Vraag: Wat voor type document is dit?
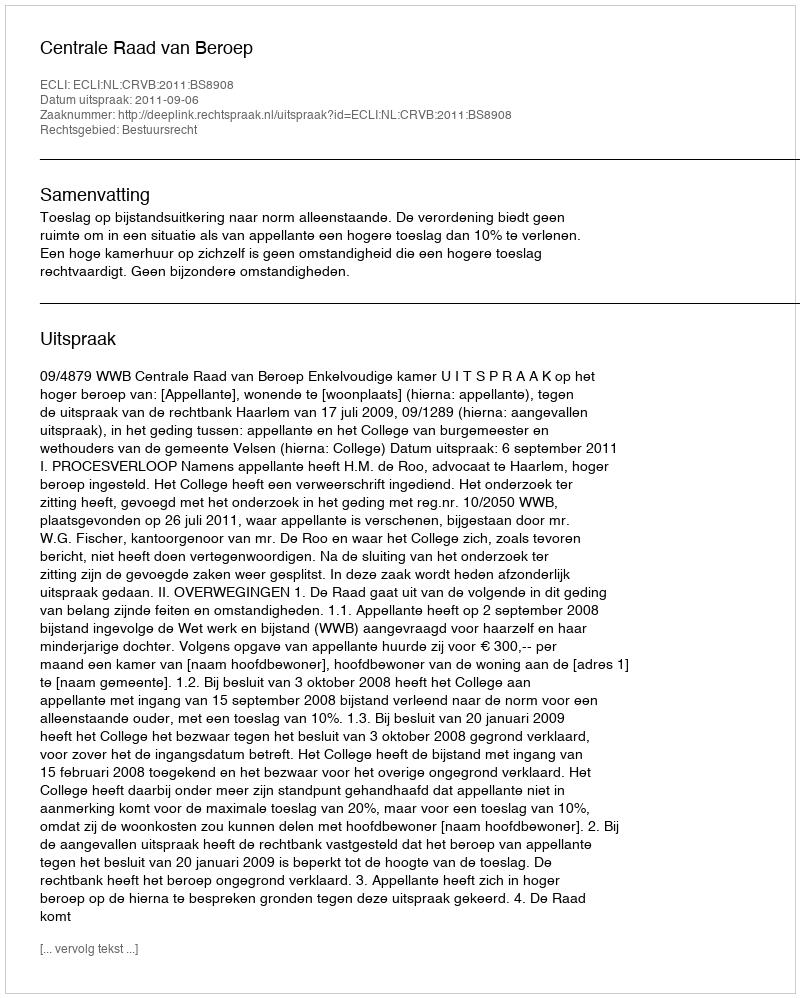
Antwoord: Uitspraak